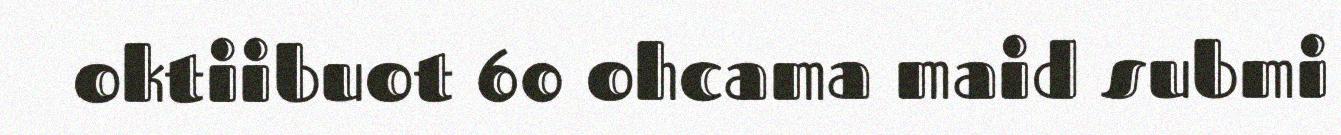
oktiibuot 60 ohcama maid submi